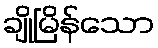
ချိုမြိန်သော